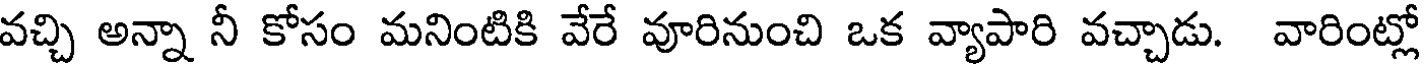
వచ్చి అన్నా నీ కోసం మనింటికి వేరే వూరినుంచి ఒక వ్యాపారి వచ్చాడు. వారింట్లో